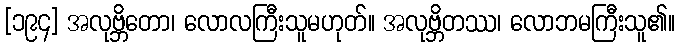
[၁၉၄] အလုဗ္ဘိတော၊ လောလကြီးသူမဟုတ်။ အလုဗ္ဘိတဿ၊ လောဘမကြီးသူ၏။